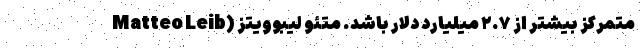
متمرکز بیشتر از ۲.۷ میلیارد دلار باشد. متئو لیبوویتز (Matteo Leib